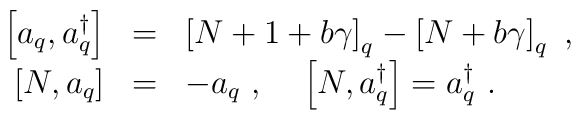
\begin{array}{rcl}\displaystyle  \left[a_q,a_q^\dagger\right]&=&\left[N+1+b\gamma\right]_q-\left[N+b\gamma\right]_q~,\\\displaystyle  \left[N, a_q\right]&=&-a_q~,~~~\displaystyle  \left[N, a_q^\dagger\right]=a_q^\dagger~.\end{array}